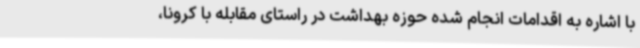
با اشاره به اقدامات انجام شده حوزه بهداشت در راستای مقابله با کرونا،